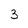
Character: 3